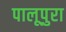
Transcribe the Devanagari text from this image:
पालूपुरा